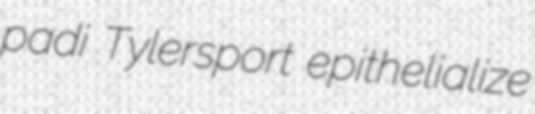
padi Tylersport epithelialize